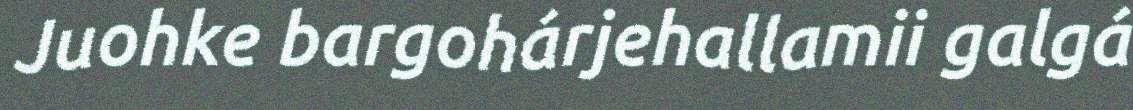
Juohke bargohárjehallamii galgá